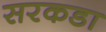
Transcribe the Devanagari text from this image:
सरकडा